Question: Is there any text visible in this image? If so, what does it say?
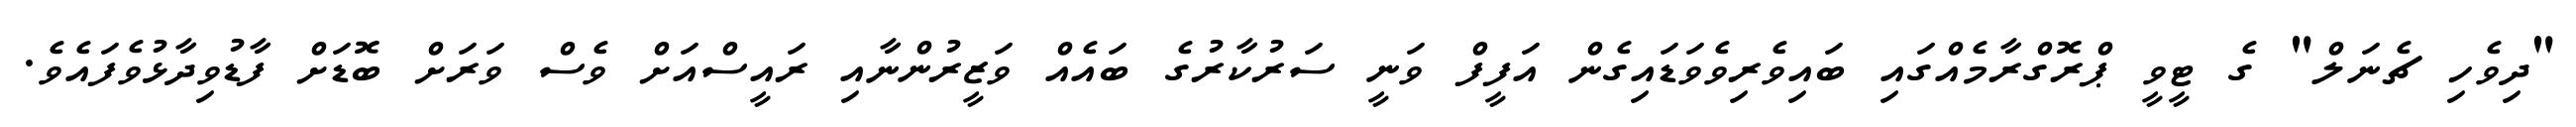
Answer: "ދިވެހި ޗެނަލް" ގެ ޓީވީ ޕްރޮގްރާމެއްގައި ބައިވެރިވެވަޑައިގެން އަފީފް ވަނީ ސަރުކާރުގެ ބައެއް ވަޒީރުންނާއި ރައީސްއަށް ވެސް ވަރަށް ބޮޑަށް ފާޑުވިދާޅުވެފައެވެ.